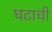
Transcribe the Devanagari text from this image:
घटाची